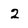
Character: 2